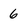
Character: 6